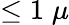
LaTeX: \le 1\; \mu